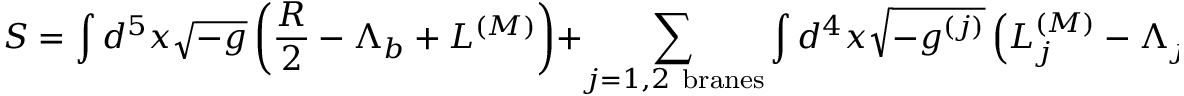
S = \int d ^ { 5 } x \sqrt { - g } \left( { \frac { R } { 2 } } - \Lambda _ { b } + { \cal L } ^ { ( M ) } \right) + \sum _ { j = 1 , 2 \ \mathrm { b r a n e s } } \int d ^ { 4 } x \sqrt { - g ^ { ( j ) } } \left( { \cal L } _ { j } ^ { ( M ) } - \Lambda _ { j } \right) ~ ,